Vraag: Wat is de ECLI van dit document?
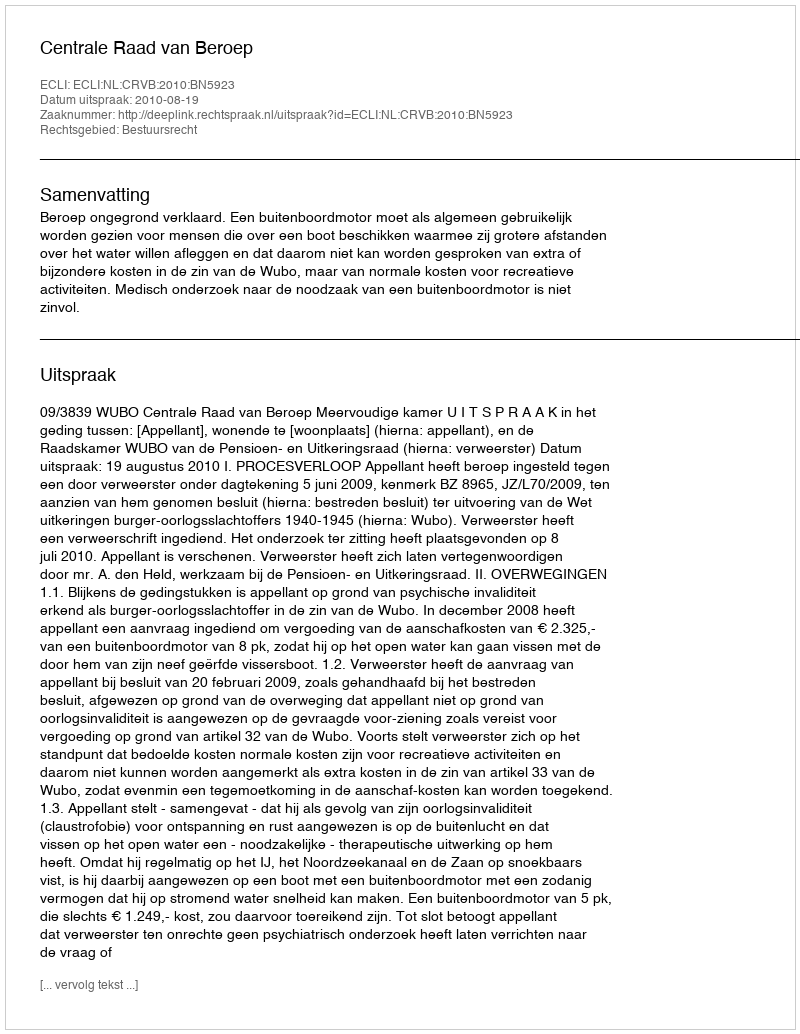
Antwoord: ECLI:NL:CRVB:2010:BN5923